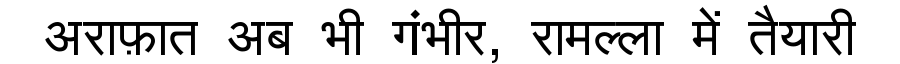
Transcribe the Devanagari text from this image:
अराफ़ात अब भी गंभीर, रामल्ला में तैयारी